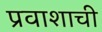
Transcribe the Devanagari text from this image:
प्रवाशाची